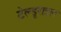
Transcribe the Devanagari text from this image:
टेल्डूराइल